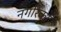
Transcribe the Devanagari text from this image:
नगरिकों